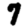
Digit: 7